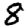
Digit: 8